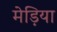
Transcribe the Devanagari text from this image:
मेड़िया